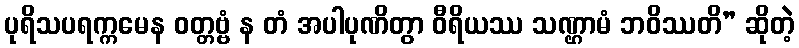
ပုရိသပရက္ကမေန ဝတ္တဗ္ဗံ န တံ အပါပုဏိတွာ ဝီရိယဿ သဏ္ဌာမံ ဘဝိဿတိ” ဆိုတဲ့